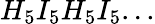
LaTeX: H_{5}I_{5}H_{5}I_{5}...